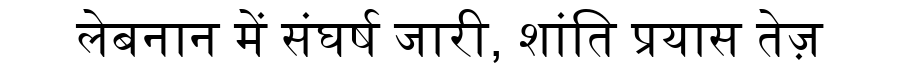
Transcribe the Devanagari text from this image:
लेबनान में संघर्ष जारी, शांति प्रयास तेज़